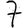
Digit: 7